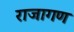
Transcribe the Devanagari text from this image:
राजागण